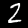
Label: 2